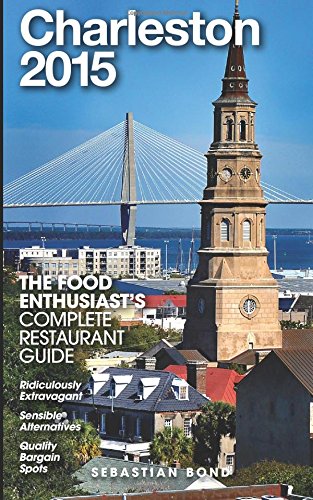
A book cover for Charleston - 2015 (The Food Enthusiast's Complete Restaurant Guide); Sebastian Bond; Travel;